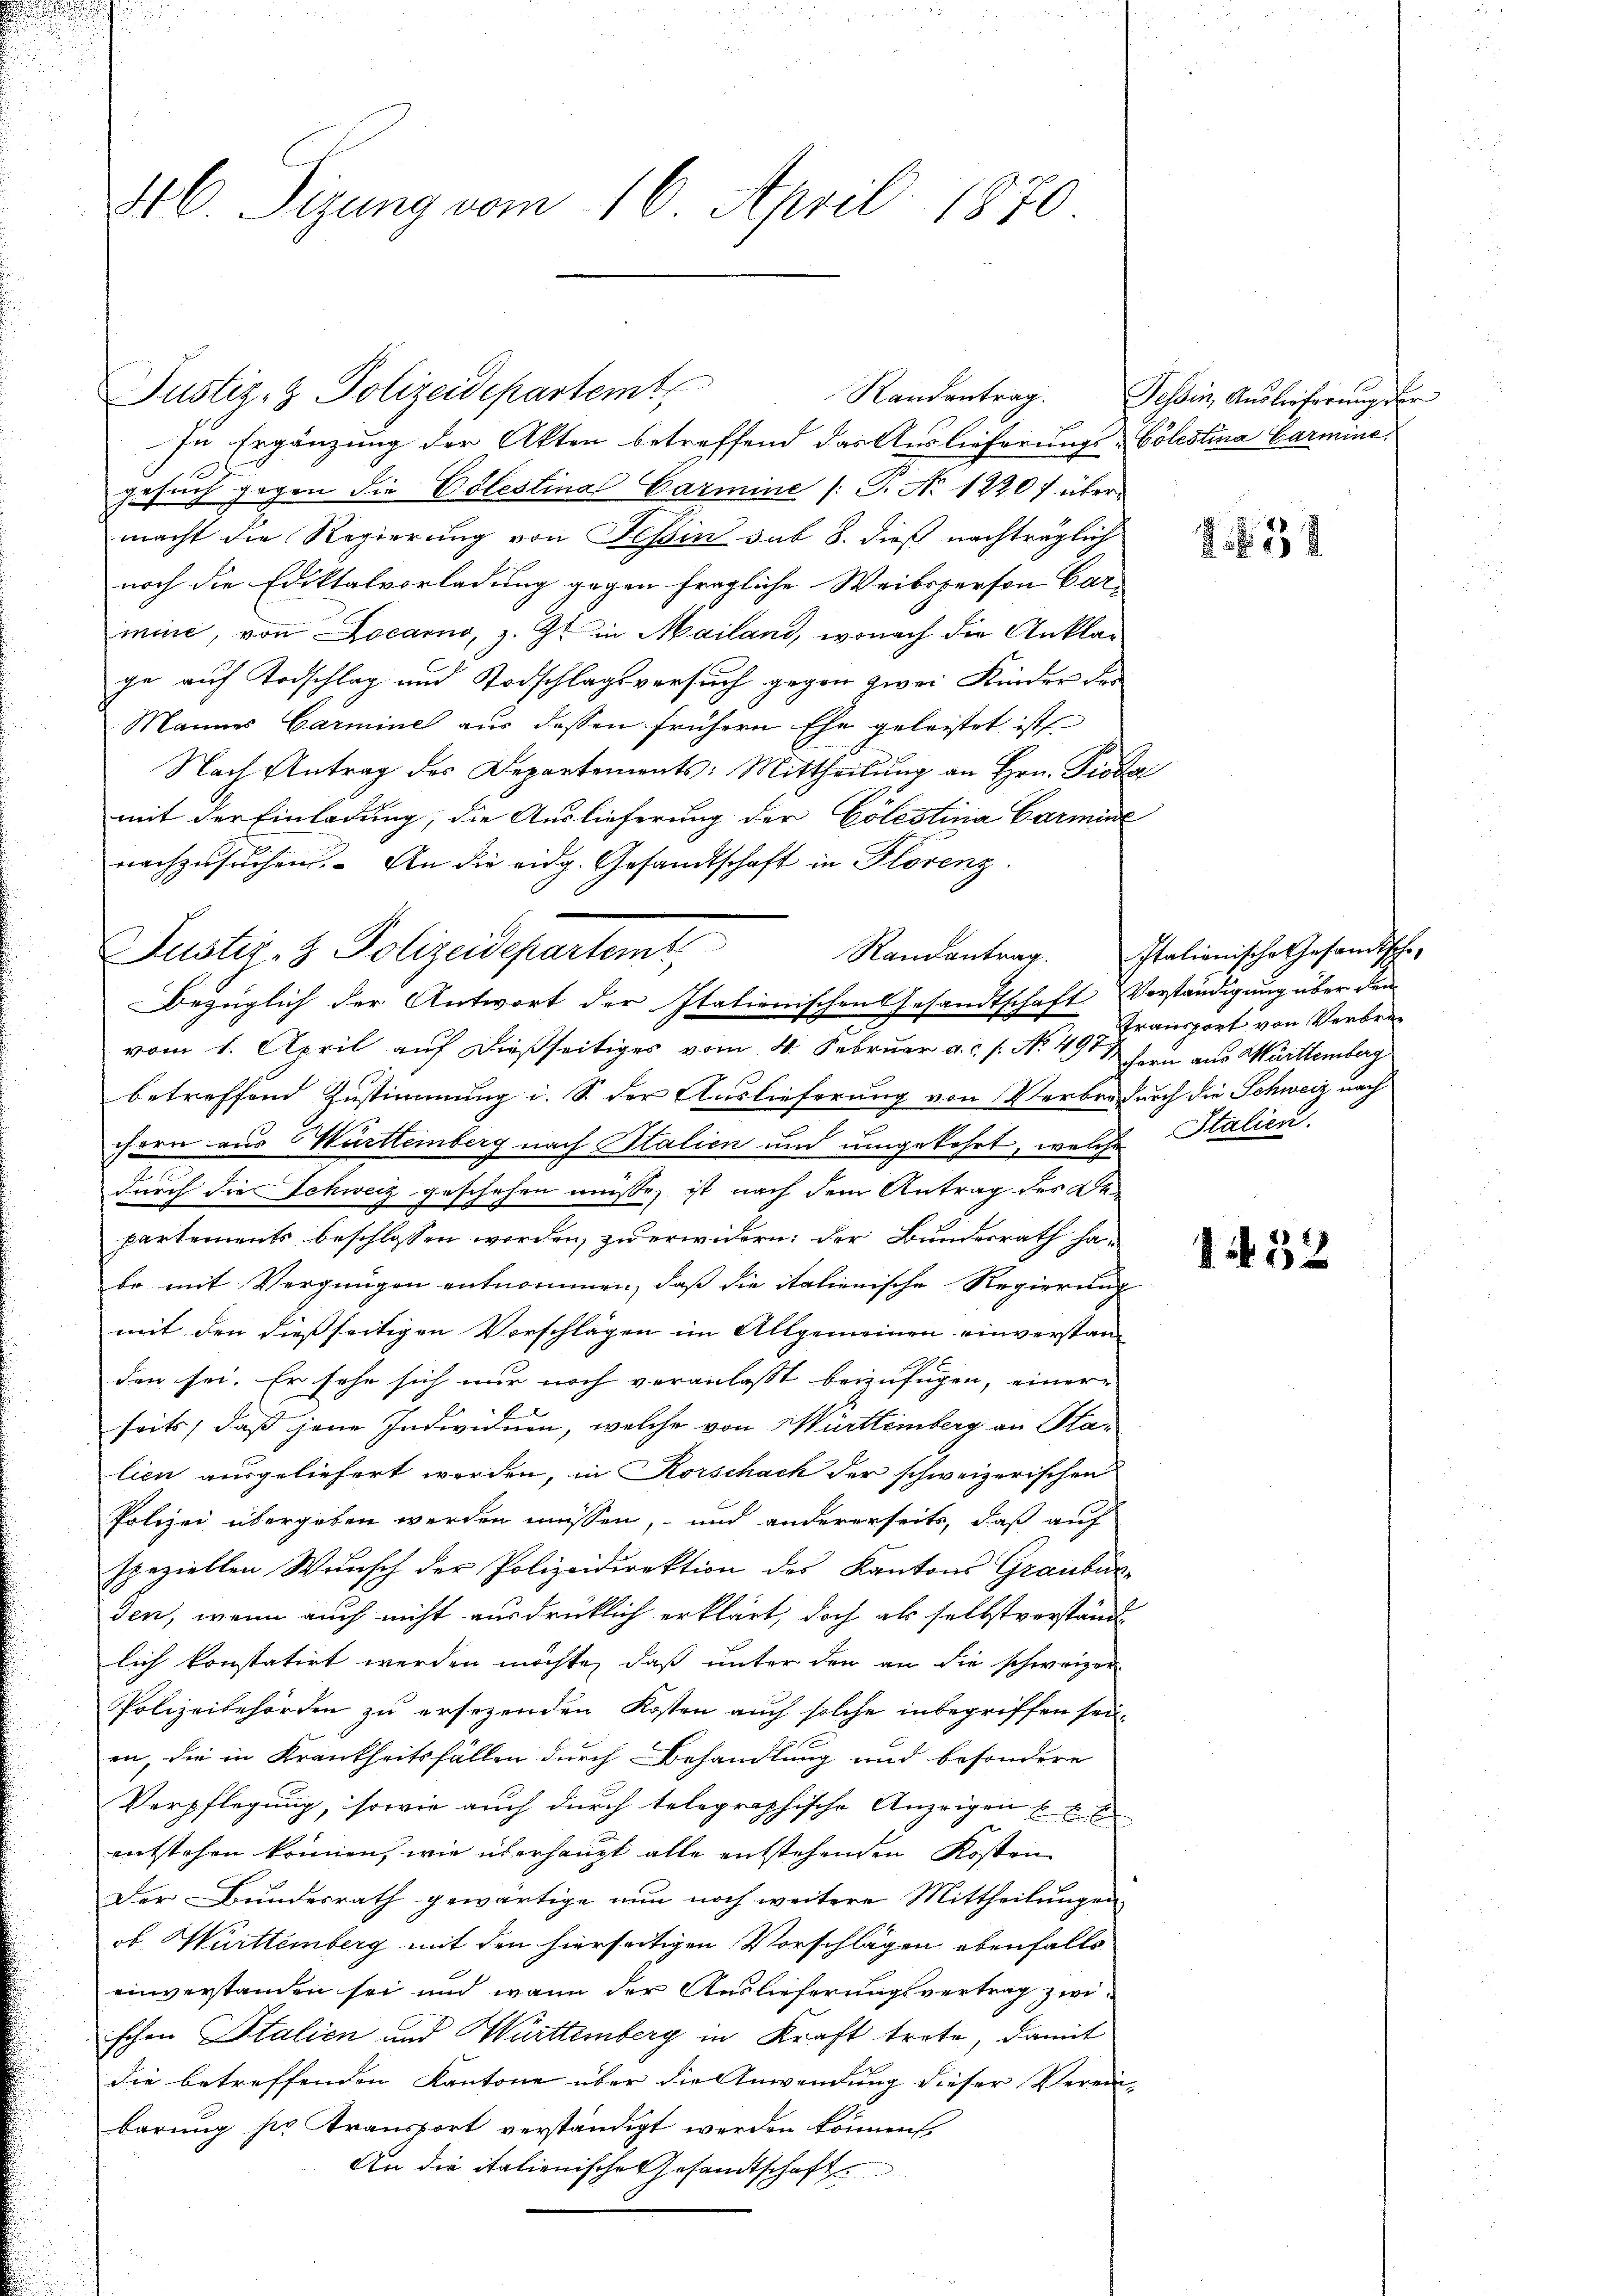
Justiz- & Polizeidepartemt,
In Ergänzung der Akten betreffend das Auslieferungs-Colestina Garmine.
gesuch gegen die Cölestina Garmine /: P. Nr. 12207 über
macht die Regierung von Tessin sub 8. dieß nachträglich
noch die Ediktalvorladung gegen fragliche Weibsperson Car-
mine, von Locarno, z. Z. in Mailand, wonach die Anklage auf Todschlag und Todschlagsversuch gegen zwei Kinder der
Mannes Garmine aus dessen frühern Ehe geleistet ist
Nach Antrag des Departements: Mittheilung an Hrn. Prod
mit der Einladung, die Auslieferung der Cölestina Carmine
nachzusuchen. An die eidg. Gesandtschaft in Florenz
Justiz- & Polizeisepartemt,
vom 1. April auf dießseitiges vom 4. Februar a.c. s. No. 491. ihren aus Württemberg
betreffend Zustimmung i. S. der Auslieferung von Verbre durch die Schweiz nach
t
chern aus Württemberg nach Halien und umgekehrt, welche Stalien.
durch die Schweiz geschehen müsse, ist nach dem Antrag des Departements beschlossen worden, zu erwidern: der Bundesrath ha-
bo mit Vergnügen entnommen, daß die italienische Regierung
mit den dießseitigen Vorschlägen im Allgemeinen einverstanden sei. Er sehe sich nur noch veranlasst beizufügen, einer
seits, daß jene Individuen, welche von Württemberg an Stalien ausgeliefert werden, in Korschach der schweizerischen
Polizei übergeben werden müssen, und andererseits, daß auf
speziellen Wunsch der Polizeidirektion des Kantons Graubünden, wenn auch nicht ausdrücklich erklärt, doch als selbstverstand
lich konstatirt werden möchte, daß unter den an die schweizer
Polizeibehörden zu ersezenden Kosten auch solche inbegriffen sei,
en, die in Krankheitsfällen durch Behandlung und besondere
Verpflegung, sowie auch durch telegraphische Anzeigen E. E. E
entstehen können, wie überhaupt alle entstehenden Kosten
Der Bundesrath gewärtige nun noch weitere Mittheilungen
ob Württemberg mit den hierseitigen Vorschlägen ebenfalls
einverstanden sei und wann der Auslieferungsvertrag zwischon Italien und Württemberg in Kraft trete, damit
die betreffenden Kantone über die Anwendung dieser Verein-
barung sie Transport verständigt werden können,
An die itationische Gesandtschaft

46. Sizung vom 16. April 1870.

Bezüglich der Antwort der Italienischen Gesandtschaft Verständigung über den

Randantrag.

Tessin, Auslieferung der

34

Randantrag. Italienische Gesandtsche-
Fransport von Verbre¬

1432